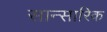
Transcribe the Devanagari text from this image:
सान्सारिक